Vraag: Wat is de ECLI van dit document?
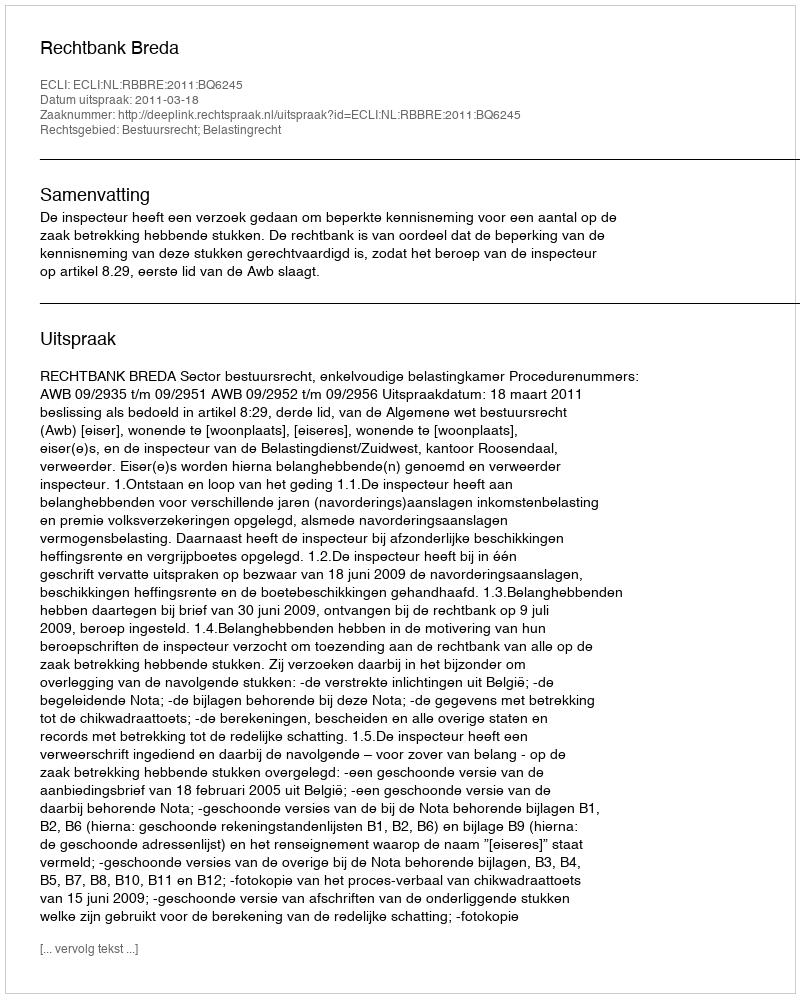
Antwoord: ECLI:NL:RBBRE:2011:BQ6245